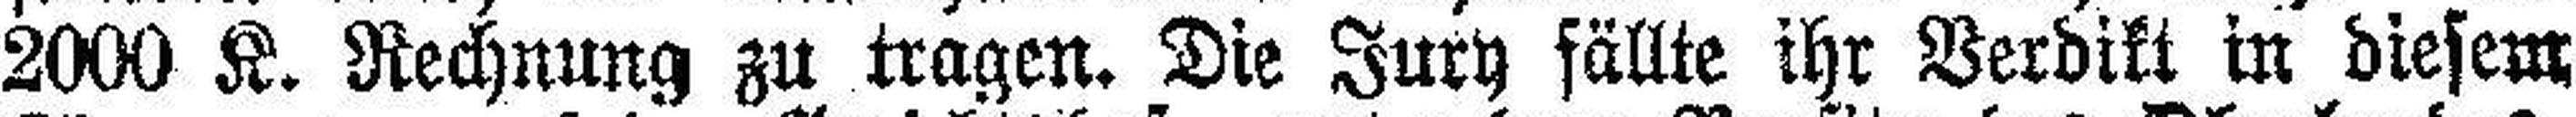
2000 K. Rechnung zu tragen. Die Jury fällte ihr Verdikt in diesem